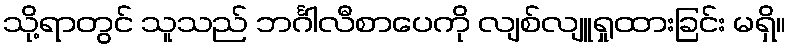
သို့ရာတွင် သူသည် ဘင်္ဂါလီစာပေကို လျစ်လျူရှုထားခြင်း မရှိ။